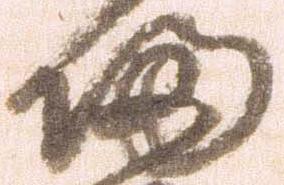
帰